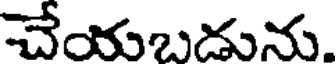
చేయబడును.